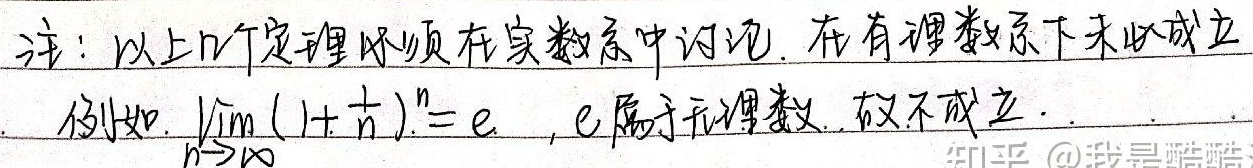
注：以上几个定理必须在实数系中讨论. 在有理数系下未必成立
例如. $\lim_{n \to \infty}(1 + \frac{1}{n})^{n}=e$ , $e$属于无理数, 故不成立.
知乎 @我是酷酷